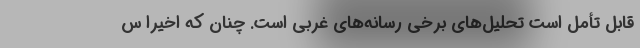
قابل تأمل است تحلیل‌های برخی رسانه‌های غربی است. چنان که اخیراً س